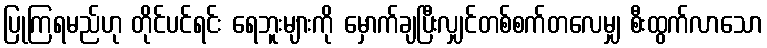
ပြုကြရမည်ဟု တိုင်ပင်ရင်း ရေဘူးများကို မှောက်ချပြီးလျှင်တစ်စက်တလေမျှ စီးထွက်လာသော